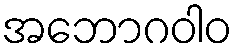
အဘောဂဝါဝ